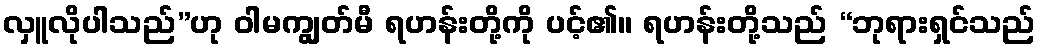
လှူလိုပါသည်”ဟု ဝါမကျွတ်မီ ရဟန်းတို့ကို ပင့်၏။ ရဟန်းတို့သည် “ဘုရားရှင်သည်